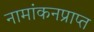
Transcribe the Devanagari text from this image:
नामांकनप्राप्त